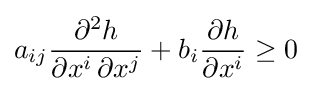
a_{ij}{\frac {\partial ^{2}h}{\partial x^{i}\,\partial x^{j}}}+b_{i}{\frac {\partial h}{\partial x^{i}}}\geq 0